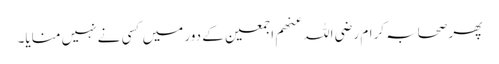
پھر صحابہ کرام رضی اللہ عنھم اجمعین کے دور میں کسی نے نہیں منایا۔